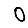
Digit: 0